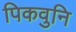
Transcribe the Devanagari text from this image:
पिकवुनि